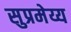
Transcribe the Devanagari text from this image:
सुप्रमेय्य